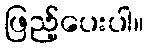
ဖြည့်ပေးပါ။